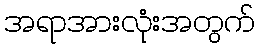
အရာအားလုံးအတွက်